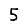
Digit: 5